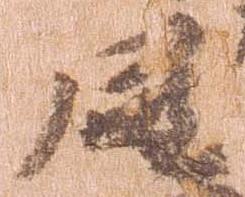
同